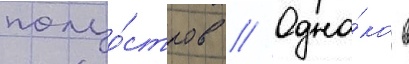
полуо́стров // Одна́ко в